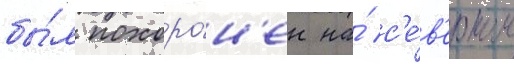
бы́л похоро́н'ен на́ с'е́в'ерном